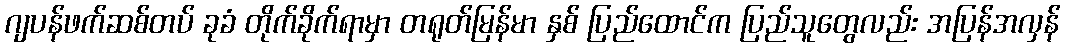
ဂျပန်ဖက်ဆစ်တပ် ခုခံ တိုက်ခိုက်ရာမှာ တရုတ်မြန်မာ နှစ် ပြည်ထောင်က ပြည်သူတွေလည်း အပြန်အလှန်